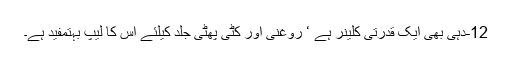
12-دہی بھی ایک قدرتی کلینر ہے ‘ روغنی اور کٹی پھٹی جلد کیلئے اس کا لیپ بہتمفید ہے۔